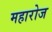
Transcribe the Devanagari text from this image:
महारोज